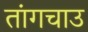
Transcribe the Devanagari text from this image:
तांगचाउ